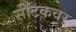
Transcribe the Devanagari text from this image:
सीटकवर